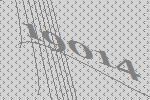
19014